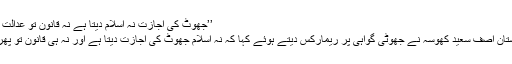
’’جھوٹ کی اجازت نہ اسلام دیتا ہے نہ قانون تو عدالت کیسے دے ،اللہ کیلئے سچے گواہ بن جائیں چاہے
اسلام آباد (مانیٹرنگ ڈیسک) چیف جسٹس آف پاکستان آصف سعید کھوسہ نے جھوٹی گواہی پر ریمارکس دیتے ہوئے کہا کہ نہ اسلام جھوٹ کی اجازت دیتا ہے اور نہ ہی قانون تو پھر عدالت کیسے جھوٹ کی اجازت دے سکتی ہے؟